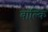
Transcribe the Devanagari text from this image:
बाल्कि